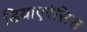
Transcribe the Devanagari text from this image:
डियाएरेसिस